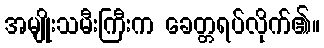
အမျိုးသမီးကြီးက ခေတ္တရပ်လိုက်၏။